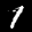
Label: 1